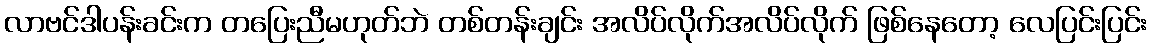
လာဗင်ဒါပန်းခင်းက တပြေးညီမဟုတ်ဘဲ တစ်တန်းချင်း အလိပ်လိုက်အလိပ်လိုက် ဖြစ်နေတော့ လေပြင်းပြင်း